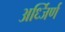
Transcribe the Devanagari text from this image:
अर्ध्जिर्ण